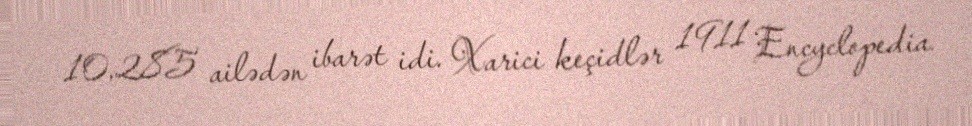
10,285 ailədən ibarət idi. Xarici keçidlər 1911 Encyclopedia.